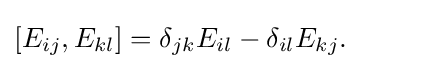
[E_{ij},E_{kl}]=\delta _{jk}E_{il}-\delta _{il}E_{kj}.~~~~~~~~~